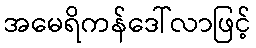
အမေရိကန်ဒေါ်လာဖြင့်